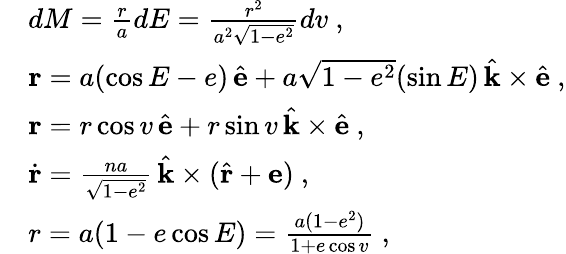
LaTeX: \begin{array}{rl}&{dM=\frac{r}{a}dE=\frac{r^{2}}{a^{2}\sqrt{1-e^{2}}}dv\ ,}\\ &{\mathbf{r}=a(\cos E-e)\, \hat{\mathbf{e}}+a\sqrt{1-e^{2}}(\sin E)\, \hat{\mathbf{k}}\times\hat{\mathbf{e}}\ ,}\\ &{\mathbf{r}=r\cos v\, \hat{\mathbf{e}}+r\sin v\, \hat{\mathbf{k}}\times\hat{\mathbf{e}}\ ,}\\ &{\dot{\mathbf{r}}=\frac{na}{\sqrt{1-e^{2}}}\, \hat{\mathbf{k}}\times(\hat{\mathbf{r}}+\mathbf{e})\ ,}\\ &{r=a(1-e\cos E)=\frac{a(1-e^{2})}{1+e\cos v}\ ,}\end{array}